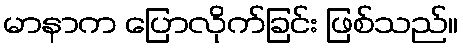
မာနာက ပြောလိုက်ခြင်း ဖြစ်သည်။